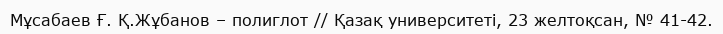
Мұсабаев Ғ. Қ.Жұбанов – полиглот // Қазақ университеті, 23 желтоқсан, № 41-42.